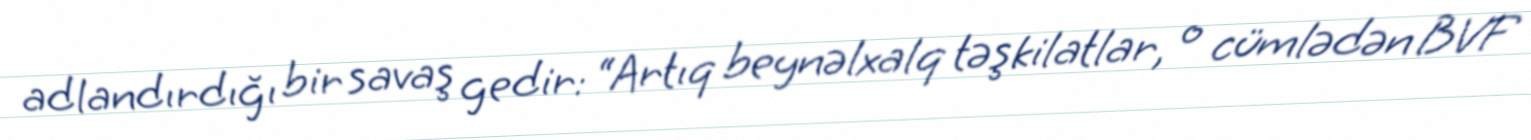
adlandırdığı bir savaş gedir: “Artıq beynəlxalq təşkilatlar, o cümlədən BVF